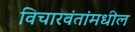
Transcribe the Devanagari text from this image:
विचारवंतांमधील